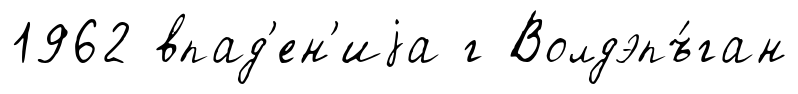
1962 впад'ен'иjа г Волдэпъ́ган